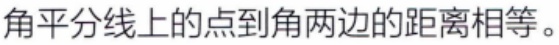
角平分线上的点到角两边的距离相等。